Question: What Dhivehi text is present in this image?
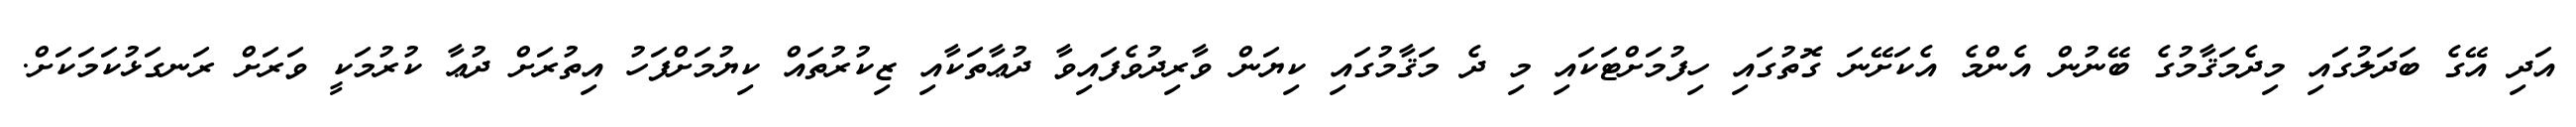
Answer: އަދި އޭގެ ބަދަލުގައި މިދެމަޤާމުގެ ބޭނުން އެންމެ އެކަށޭނަ ގޮތުގައި ހިފުމަށްޓަކައި މި ދެ މަޤާމުގައި ކިޔަން ވާރިދުވެފައިވާ ދުޢާތަކާއި ޒިކުރުތައް ކިޔުމަށްފަހު އިތުރަށް ދުޢާ ކުރުމަކީ ވަރަށް ރަނގަޅުކަމަކަށް.